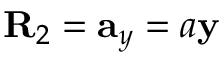
\mathbf { R } _ { 2 } = \mathbf { a } _ { y } = a \mathbf { y }